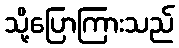
သို့ပြောကြားသည်